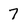
Character: 7